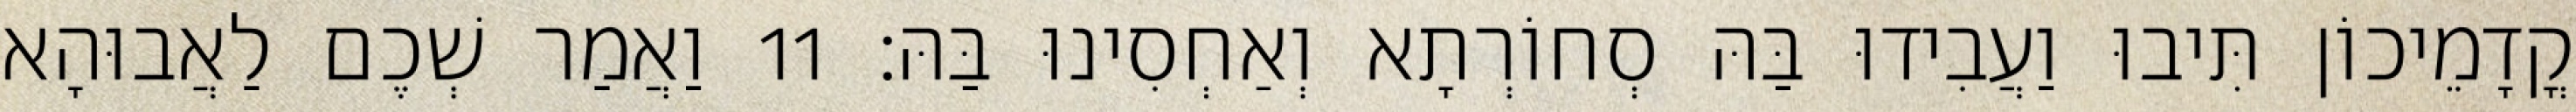
קֳדָמֵיכוֹן תִּיבוּ וַעֲבִידוּ בַּהּ סְחוֹרְתָא וְאַחְסִינוּ בַּהּ׃ 11 וַאֲמַר שְׁכֶם לַאֲבוּהָא